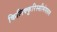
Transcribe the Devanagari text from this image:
किलिक्कुरिस्सीमंगलम